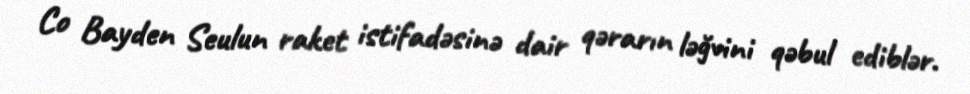
Co Bayden Seulun raket istifadəsinə dair qərarın ləğvini qəbul ediblər.